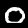
Label: 0